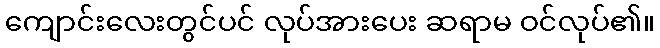
ကျောင်းလေးတွင်ပင် လုပ်အားပေး ဆရာမ ဝင်လုပ်၏။